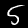
Digit: 5